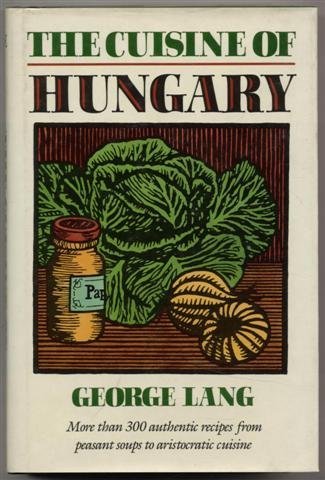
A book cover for The Cuisine of Hungary; George Lang; Travel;